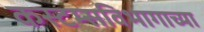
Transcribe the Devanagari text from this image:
कस्टम्सविभागाच्या